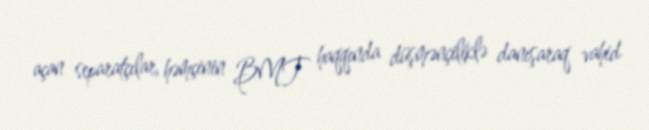
açan separatçılar, həmçinin BMT haqqında düşmənçiliklə danışaraq vahid